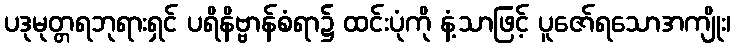
ပဒုမုတ္တရဘုရားရှင် ပရိနိဗ္ဗာန်စံရာ၌ ထင်းပုံကို နံ့သာဖြင့် ပူဇော်ရသောအကျိုး၊